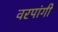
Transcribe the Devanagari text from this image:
वरपांगी